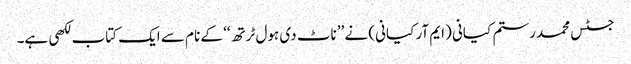
جسٹس محمد رستم کیانی (ایم آر کیانی) نے ’’ناٹ دی ہول ٹرتھ‘‘ کے نام سے ایک کتاب لکھی ہے۔